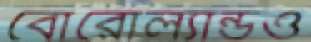
বোরোল্যান্ডও